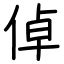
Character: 倬